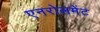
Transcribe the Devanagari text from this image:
एनरोलमेंट